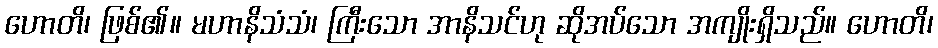
ဟောတိ၊ ဖြစ်၏။ မဟာနိသံသံ၊ ကြီးသော အာနိသင်ဟု ဆိုအပ်သော အကျိုးရှိသည်။ ဟောတိ၊